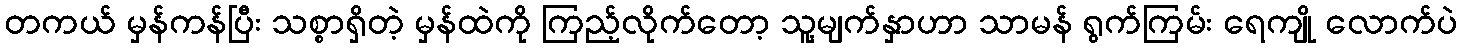
တကယ် မှန်ကန်ပြီး သစ္စာရှိတဲ့ မှန်ထဲကို ကြည့်လိုက်တော့ သူ့မျက်နှာဟာ သာမန် ရွက်ကြမ်း ရေကျို လောက်ပဲ